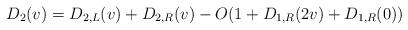
LaTeX: \begin{align*}D_2(v) = D_{2,L}(v) + D_{2,R}(v) - O(1+ D_{1, R}(2v) +D_{1, R}(0))\end{align*}